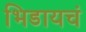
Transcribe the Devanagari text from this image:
भिडायचं